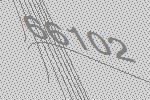
66102